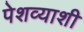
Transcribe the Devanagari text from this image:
पेशव्याशी